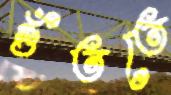
গুঁততে